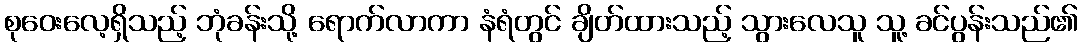
စုဝေးလေ့ရှိသည့် ဘုံခန်းသို့ ရောက်လာကာ နံရံတွင် ချိတ်ထားသည့် သွားလေသူ သူ့ ခင်ပွန်းသည်၏